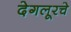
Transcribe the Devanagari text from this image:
देगलूरचे